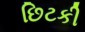
છિટકી